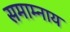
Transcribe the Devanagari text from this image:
समाम्नाय